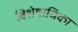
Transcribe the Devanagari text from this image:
विशेषाधिका